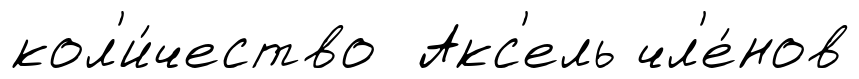
кол'и́чество Акс'ель чл'е́нов